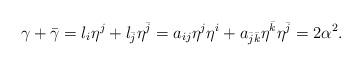
LaTeX: \begin{align*} \gamma + \bar{\gamma} = l_i \eta^j + l_{\bar{j}} \eta^{\bar{j}} = a_{ij}\eta^j \eta^i + a_{\bar{j}\bar{k}} \eta^{\bar{k}} \eta^{\bar{j}} = 2 \alpha^2. \end{align*}